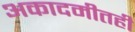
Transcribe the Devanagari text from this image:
अकादमीतही